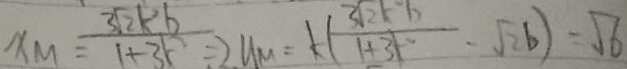
x _ { M } = \frac { 3 \sqrt { 2 } k ^ { 2 } b } { 1 + 3 k ^ { 2 } } = 2 y _ { m } = k ( \frac { 3 \sqrt { 2 } k ^ { 2 } b } { 1 + 3 k ^ { 2 } } - \sqrt { 2 } b ) = \sqrt { 6 }